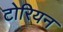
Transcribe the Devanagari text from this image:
टोरियन